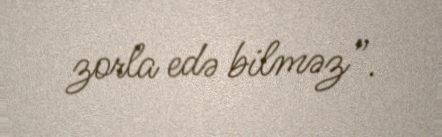
zorla edə bilməz”.